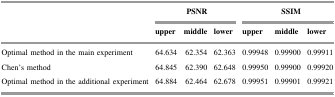
|  |  | PSNR |  |  | SSIM |  |
 |  | upper | middle | lower | upper | middle | lower |
 | --- | --- | --- | --- | --- | --- | --- |
 | Optimal method in the main experiment | 64.634 | 62.354 | 62.363 | 0.99948 | 0.99900 | 0.99911 |
 | Chen’s method | 64.845 | 62.390 | 62.648 | 0.99950 | 0.99900 | 0.99920 |
 | Optimal method in the additional experiment | 64.884 | 62.464 | 62.678 | 0.99951 | 0.99901 | 0.99921 |